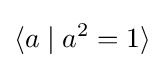
\langle a\mid a^{2}=1\rangle